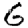
Digit: 6